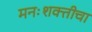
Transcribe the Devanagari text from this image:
मनःशक्तीचा